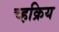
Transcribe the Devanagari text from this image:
च्हक्रिय